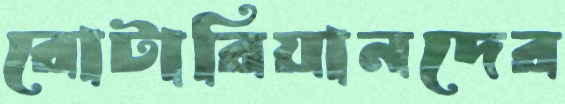
রোটারিয়ানদের